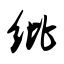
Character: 纰